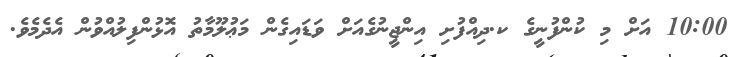
10:00 އަށް މި ކުންފުނީގެ ކ.ދިއްފުށި އިންޖީނުގެއަށް ވަޑައިގެން މަޢުލޫމާތު އޮޅުންފިލުއްވުން އެދެމެވެ.